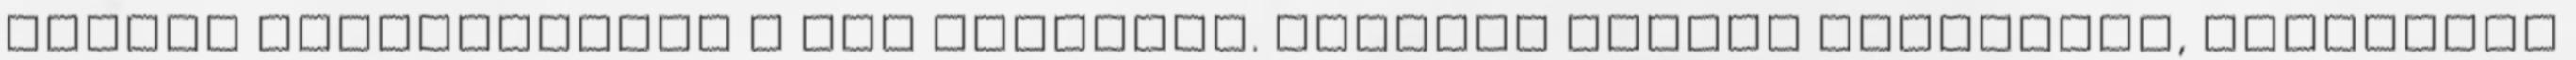
melyek tönkreteszik a tea aromáját. Például közben figyeltem, megmértem